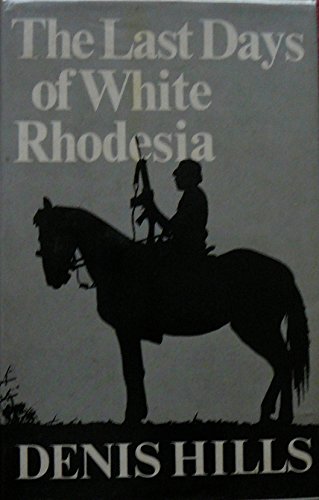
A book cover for The Last Days of White Rhodesia; Denis Hills; History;